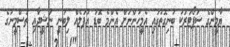
ޔާމީންގެ ސަޕޯޓަރަކު ބުނިގޮތުގައި އެމީހުންނަށް އެންމެ ބޮޑު އުފަލެއް ލިބުނީ ނަޝީދާއި ތަސްމީނުގެ